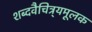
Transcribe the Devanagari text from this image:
शब्दवैचित्र्यमूलक